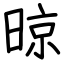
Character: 晾